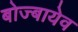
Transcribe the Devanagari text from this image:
बोज्बायेव